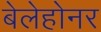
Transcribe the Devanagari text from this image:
बेलेहोनर